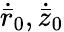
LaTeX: \dot{\bar{r}}_{0},\dot{\bar{z}}_{0}